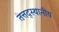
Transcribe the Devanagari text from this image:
तत्तद्स्थानीय